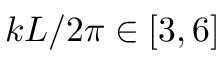
k L / 2 \pi \in [ 3 , 6 ]